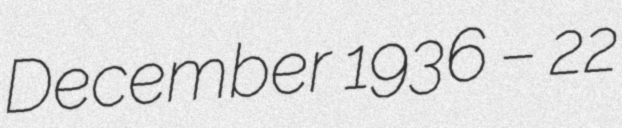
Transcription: December 1936 – 22